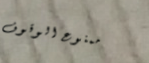
ممنوع الوقوف